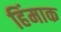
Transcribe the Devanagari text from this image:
हिंमाक